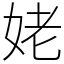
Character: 姥